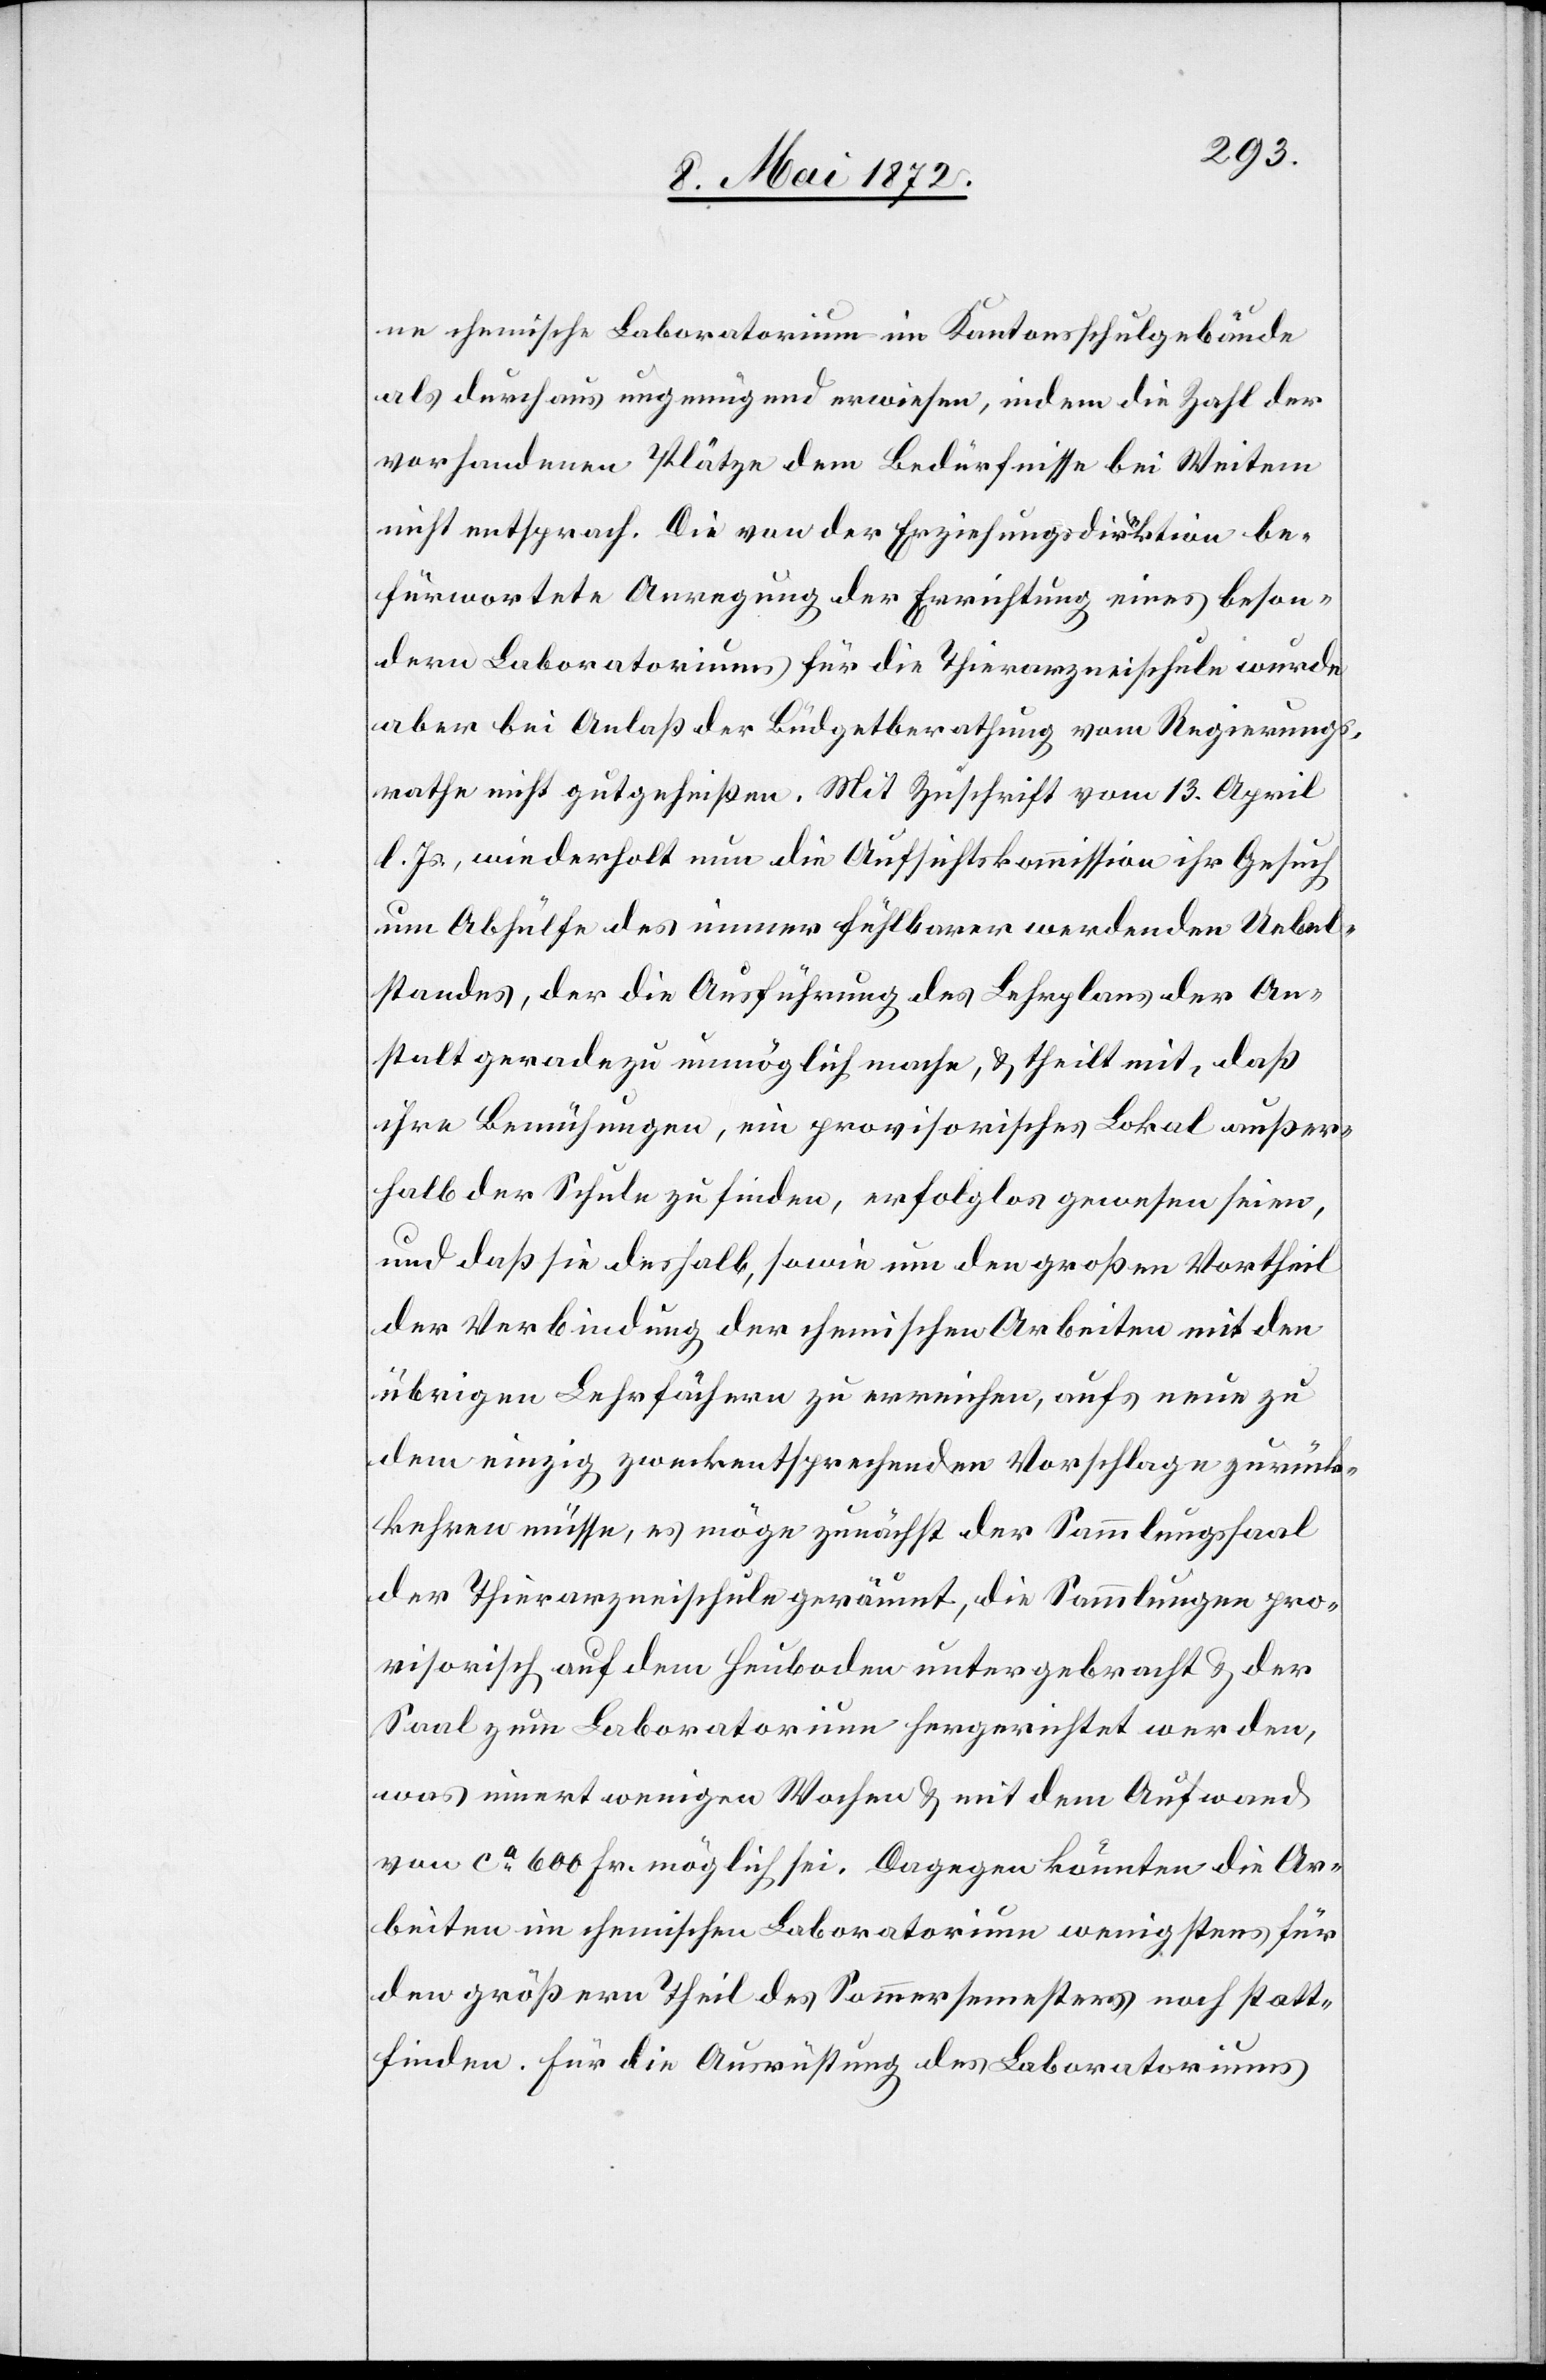
ne chemische Laboratorium im Kantonsschulgebäude
als durchaus ungenügend erwiesen, indem die Zahl der
vorhandenen Plätze dem Bedürfnisse bei Weitem
nicht entsprach. Die von der Erziehungsdirektion be¬
fürwortete Anregung der Errichtung eines beson¬
dern Laboratoriums für die Thierarzneischule wurde
aber bei Anlaß der Büdgetberathung vom Regierungs¬
rathe nicht gutgeheißen. Mit Zuschrift vom 13. April
l. Js., wiederholt nun die Aufsichtskommission ihr Gesuch
um Abhülfe des immer fühlbarer werdenden Uebel¬
standes, der die Ausführung des Lehrplans der An¬
stalt geradezu unmöglich mache, u. theilt mit, daß
ihre Bemühungen, ein provisorisches Lokal außer¬
halb der Schule zu finden, erfolglos gewesen seien,
und daß sie deshalb, sowie um den großen Vortheil
der Verbindung der chemischen Arbeiten mit den
übrigen Lehrfächern zu erreichen, aufs neue zu
dem einzig zweckentsprechenden Vorschlage zurück¬
kehren müsse, es möge zunächst der Sammlungssaal
der Thierarzneischule geräumt, die Sammlungen pro¬
visorisch auf dem Heuboden untergebracht u. der
Saal zum Laboratorium hergerichtet werden,
was innert weniger Wochen u. mit dem Aufwand
von ca 600 Fr. möglich sei. Dagegen könnten die Ar¬
beiten im chemischen Laboratorium wenigstens für
den größern Theil des Sommersemesters noch statt¬
finden. Für die Ausrüstung des Laboratoriums